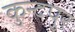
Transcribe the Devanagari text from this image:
कुन्दपुर